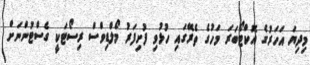
މިދިޔަ އަހަރުގެ އޮކްޓޯބަރަ މަހުގެ ތެރޭގައި ހުޅުވި ފުށިފަރު މޯލްޑިވްސް ރިސޯޓަކީ ގެސްޓުންނަށް